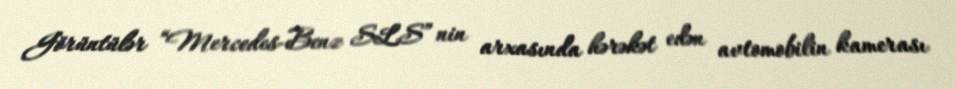
Görüntülər “Mercedes-Benz SLS” nin arxasında hərəkət edən avtomobilin kamerası